Vital statistics of India. Vol. VI, European troops 1870-79
Year: 1870
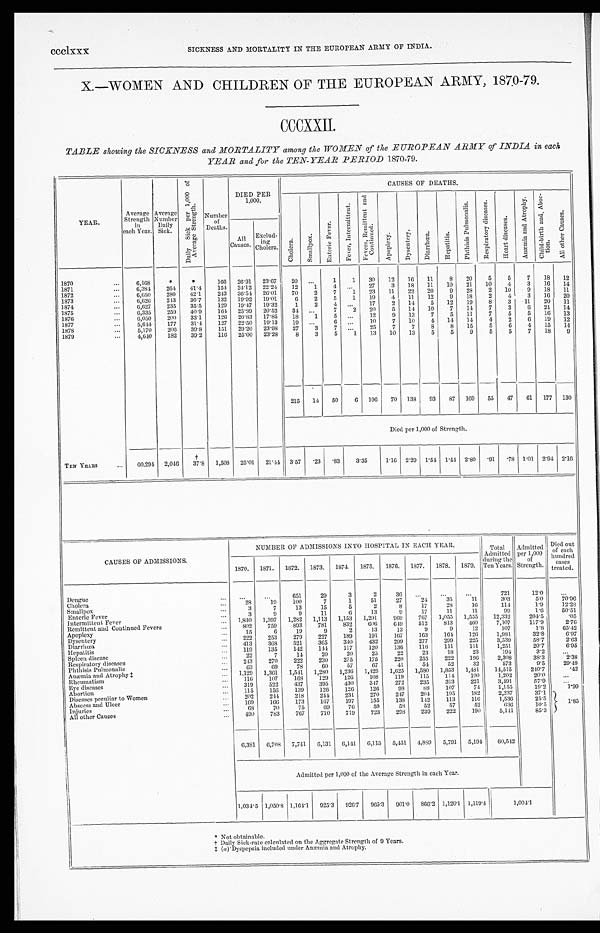
ccclxxx
SICKNESS AND MORTALITY IN THE EUROPEAN ARMY OF INDIA.
X.—WOMEN AND CHILDREN OF THE EUROPEAN ARMY, 1870-79.
CCCXXII.
TABLE showing the SICKNESS and MORTALITY among the WOMEN of the EUROPEAN ARMY of INDIA in each
YEAR and for the TEN-YEAR PERIOD 1870-79.
YEAR.
Average
Strength
in
each Year.
Average
Number
Daily
Sick.
D a i l y S i c k p e r 1 , 0 0 0 o f
A v e r a g e S t r e n g t h .
Number
of
Deaths.
DIED PER
1,000.
CAUSES OF DEATHS.
C h o l e r a .
S m a l l p o x .
E n t e r i c F e v e r .
F e v e r , I n t e r m i t t e n t .
F e v e r s , R e m i t t e n t a n d
C o n t i n u e d .
A p o p l e x y .
D y s e n t e r y .
D i a r r h œ a .
H e p a t i t i s .
P h t h i s i s P u l m o n a l i s .
R e s p i r a t o r y d i s e a s e s .
H e a r t d i s e a s e s .
A n æ m i a a n d A t r o p h y .
C h i l d - b i r t h a n d A b o r -
t i o n .
A l l o t h e r C a u s e s .
All
Causes.
Exclud-
in g
Cholera.
1870
...
6,168
*
* 166 26.91 23.67
20 ...
1
1
30
12
16
11
8
20
5
5
7
18
12
1871
. . . 6,384
264 41.4
154 24.12 22.24
12
1
4
. . . 27
3
18
11
10
21
10
4
3
16
14
1872
. . . 6,650
280 42.1
243 36.54 26.01
70
2
7
1
23
11
22
20
9
28
2
10
9
18
11
1873
...
6,626
243
36.7
132 19.92 19.01
6
2
5
1
19
4
11
12
9 18
2
4
3
16
20
1874
...
6,627
235
35.5
129 19.47 19.32
1
2
4
. . . 17
2
14
5
12
19
8
3
11
20
1 1
1875
. . . 6,335
259
40.9
164 25.89 20.52
34 ...
7
2
20
5
14
10
7
14
7
3
6
21
14
1876
...
6,050
200
33.1
126 20.83 17.85
18
1
5
. . . 12
9
13
7
5
11
7
5
5
16
13
1877
...
5,644
177
31.4.
127 22.50 19.13
19 ...
6
. . . 10
7
10
4
14
14
4
2
6
19
12
1878
...
5,170
206 39.8
151 29.20 23.98
27
3
7 ...
25
7
7
8
8
15
5
6
4
15
14
1879
...
4,640
182
39.2
116 25.00 23.28
8
3
5
1
13
10
13
5
5
9
5
5
7
18
9
215
14
50
6 196
70 138
93
87 169
55
47
61 177 130
Died per 1,000 of Strength.
TEN YEARS
...
60,294 2,046
†
37.8 1,508 25.01 21.44 3.57
. 2 3 .83
3.35
1.16 2.29 1.54 1.44 2.80 .91 .78 1.01 2.94 2.16
CAUSES OF ADMISSIONS.
NUMBER OF ADMISSIONS INTO HOSPITAL IN EACH YEAR.
Total
Admitted
during the
Ten Years.
Admitted
per 1,000
of
Strength.
Died out
of each
hundred
cases
treated.
1870. 1871. 1872. 1873. 1874. 1875. 1876. 1877. 1878. 1879.
Dengue
...
...
...
651
29
3
2
36
...
...
...
721
12.0
...
Cholera
...
28
19
100
7
1
51
27
24
35
11
303
5. 0
7 0 . 9 6
Smallpox
...
3
7
13
15
5
2
8
17
28
16
114
1.9
12.28
Enteric Fever
...
3
9
9
11
6
13
9
17
1 1
11
9 9
1. 6
50.51
Intermittent Fever
... 1,840 1,397 1,282 1,113 1,153 1,201
969
767 1,055 1,555
12,332
204.5
.05
Remittent and Continued Fevers
...
802
759
893
781
832
606
649
512
813
460
7,107
117.9
2 . 7 6
Apoplexy
...
15
6
1 9
9
2
13
13
9
9
12
107
1.8
65.42
Dysentery
...
222
253
279
227
189
191
167
163
164
126
1,981
32.8
6.97
Diarrhœa
...
413
368
521
365
340
432
299
277
299
225
3,539
58.7
2.63
Hepatitis
...
119
135
142
144
117
120
130
116
111
111
1,251
20.7
6.95
Spleen disease
...
22
7
14
20
20
25
22
23
18
23
194
3.2
...
Respiratory diseases
... 243
270
222
230
275
175
220
255
222
196
2,308
38.3
2.38
Phthisis Pulmonalis
...
63
69
78
60
57
67
41
54
52
32
573
9.5
29.49
Anæmia and Atrophy ‡
... 1,129 1,361 1,541 1,280 1,236 1,429 1,625 1,580 1,853 1,481
14,515
240.7
.42
Rheumatism
...
116
107
168
129
126
108
119
115
114
100
1,202
20.0
...
Eye diseases
...
319
522
437
395
430
347
272
235
313
221
3,491
57.9
. . .
Abortion
...
115
156
139
126
126
126
98
88
107
74
1,155
19.2
1.99
Diseases peculiar to Women
... 202
244
218
244
231
270
247
204
195
182
2,237
37.1
1.85
Abscess and Ulcer
...
169
166
173
167
197
155
138
142
113
116
1,536
25.5
Injuries
...
68
70
75
69
76
59
58
52
57
52
636
10.5
All other Causes
...
490
783
767
710
719
723
298
239
222
190
5,141
85.3
6,381 6,708 7,741 6,131 6,141 6,115 5,451 4,889 5,791 5,194
60,542
Admitted per 1,000 of the Average Strength in each Year.
1,034.5 1,050.8 1,164.1 925.3 926.7 965.3 901.0 866.2 1,120.1 1,119.4
1,004.1
* Not obtainable.
† D a i l y S i c k - r a t e c a l c u l a t e d o n t h e A g g r e g a t e S t r e n g t h o f 9 Y e a r s .
‡ (
a
) D y s p e p s i a i n c l u d e d u n d e r A n æ m i a a n d A t r o p h y .